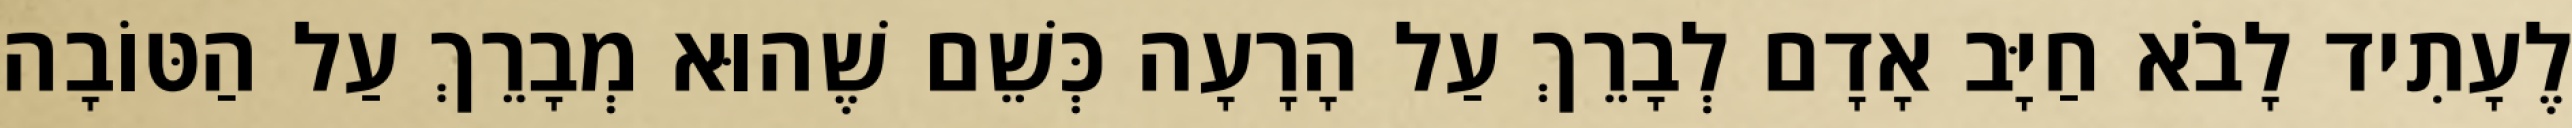
לֶעָתִיד לָבֹא חַיָּב אָדָם לְבָרֵךְ עַל הָרָעָה כְּשֵׁם שֶׁהוּא מְבָרֵךְ עַל הַטּוֹבָה